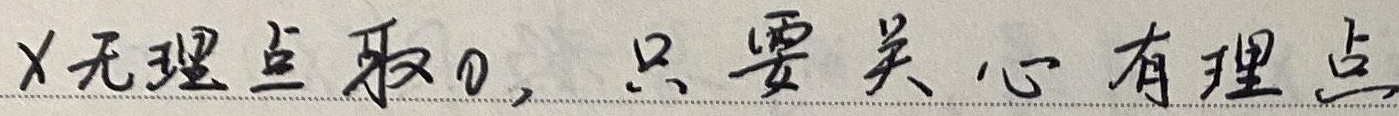
\(X\)无理点取\(0\)，只要关心有理点